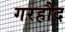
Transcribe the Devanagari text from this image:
गरहौद